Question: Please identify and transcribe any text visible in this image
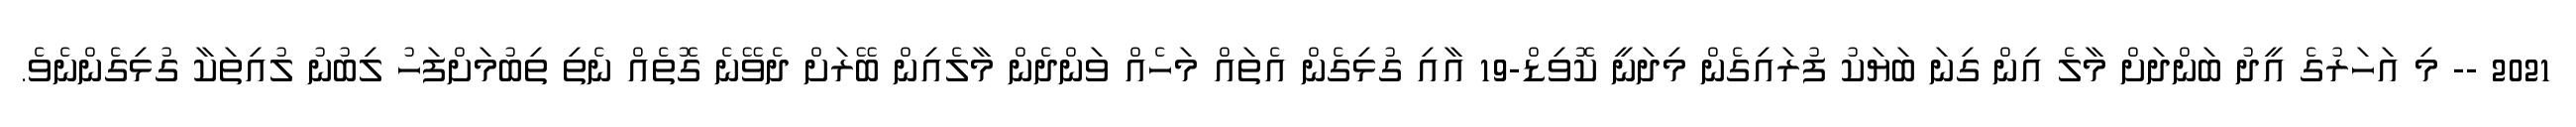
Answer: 2021 -- މި އަހަރުގެ އީދު ބަންދަށް މާލެ އިން ގިނަ ބަޔަކު ފުރައިގެން މިދަނީ ކޮވިޑް-19 އާއި ގުޅިގެން އެތައް މަހެއް ވަންދެން މާލެއިން ބޭރަށް ދެވޭނެ ގޮތެއް ނެތި ތިބުމަށްފަހު ލިބުނު ލުއިތަކާ ގުޅިގެންނެވެ.